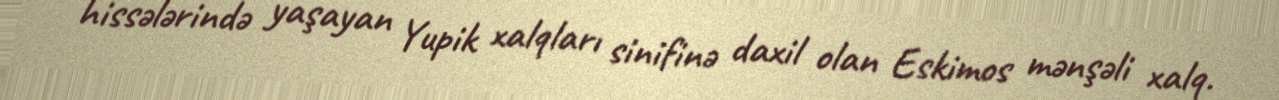
hissələrində yaşayan Yupik xalqları sinifinə daxil olan Eskimos mənşəli xalq.